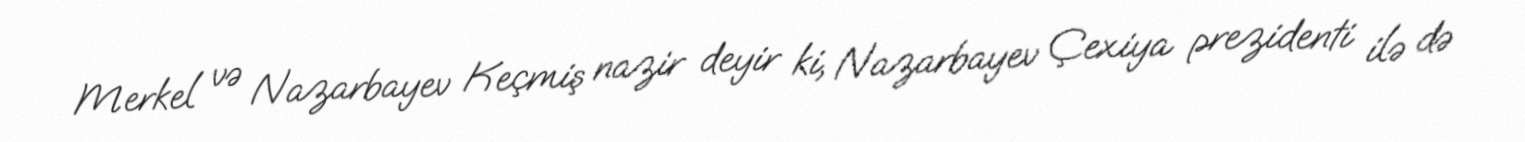
Merkel və Nazarbayev Keçmiş nazir deyir ki, Nazarbayev Çexiya prezidenti ilə də